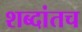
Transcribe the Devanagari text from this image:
शब्दांतच